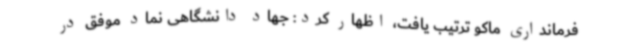
فرمانداری ماکو ترتیب یافت، اظهار کرد: جهاد دانشگاهی نماد موفق در